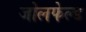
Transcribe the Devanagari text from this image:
जोलफेल्ड